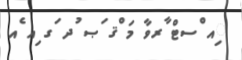
ިއ ްސޓް ާރވާ މަ ްޤ ަޞ ުދ ަގ ިއ ެއ